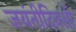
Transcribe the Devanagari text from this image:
जयंतीदिवशी